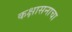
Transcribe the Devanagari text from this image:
कक्षासनाचा